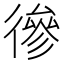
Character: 𢕕